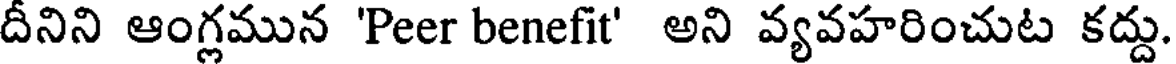
దీనిని ఆంగ్లమున 'Peer benefit' అని వ్యవహరించుట కద్దు.